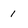
Character: 1